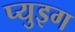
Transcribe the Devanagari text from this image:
प्युइग